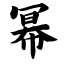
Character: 幂